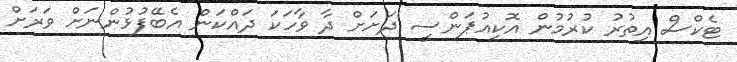
ޓެކްސް އިތުރު ކުރުމުން އޮކިއުޕަންސީ ދަށަށް ދާ ވާހަކަ ދައްކަން އެބޭފުޅުންނަށް ވަރަށް